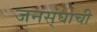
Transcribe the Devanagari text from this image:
जनस्ंघाची